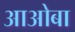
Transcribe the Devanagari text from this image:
आओबा